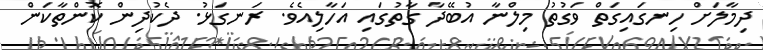
ދިމާލަށް ހިނގައިގަތް ވަގުތު މިލްނާ އުބޭދާ ގާތުގައި އަހާލިއެވެ. ރަނގަޅު. ދެކުދިން ކޮންތާކަން